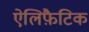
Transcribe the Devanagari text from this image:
ऐलिफ़ैटिक